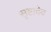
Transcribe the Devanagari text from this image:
सृष्टादेव